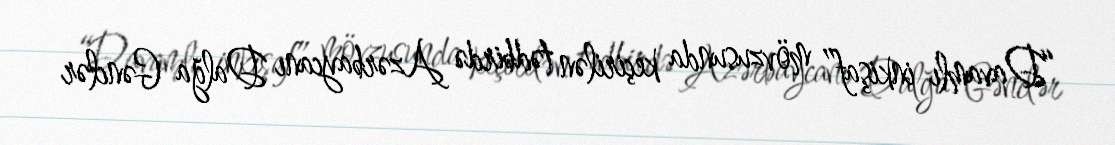
“Davamlı inkişaf” mövzusunda keçirilən tədbirdə Azərbaycanı Dalğa Gənclər